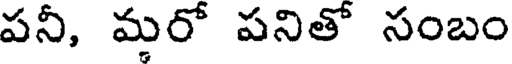
పనీ, మరో పనితో సంబం